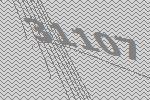
31107